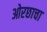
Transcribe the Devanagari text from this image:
ओरछाचा